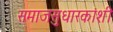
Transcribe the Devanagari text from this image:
समाजसुधारकांशी